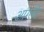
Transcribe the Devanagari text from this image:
आंग्लों